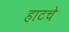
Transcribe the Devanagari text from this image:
हाटचे